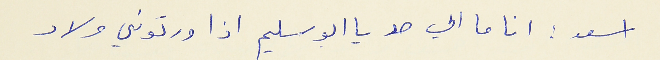
اسعد : انا ما الي حد يا ابو سليم اذا ورتوني ولاد